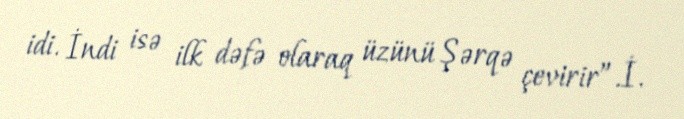
idi. İndi isə ilk dəfə olaraq üzünü Şərqə çevirir”.İ.